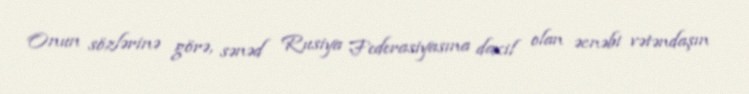
Onun sözlərinə görə, sənəd Rusiya Federasiyasına daxil olan əcnəbi vətəndaşın